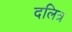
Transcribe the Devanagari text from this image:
दलित्र